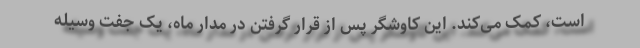
است، کمک می‌کند. این کاوشگر پس از قرار گرفتن در مدار ماه، یک جفت وسیله